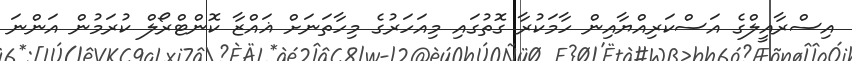
އިސްރާއީލްގެ އަސްކަރިއްޔާއިން ހާމަކުރާ ގޮތުގައި މިއަހަރުގެ މިހާތަނަށް ޣައްޒާ ކޮންޓްރޯލް ކުރަމުން އަންނަ